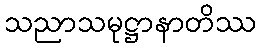
သညာသမုဋ္ဌာနာတိဿ